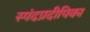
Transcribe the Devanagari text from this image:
स्पंदप्रदीपिका